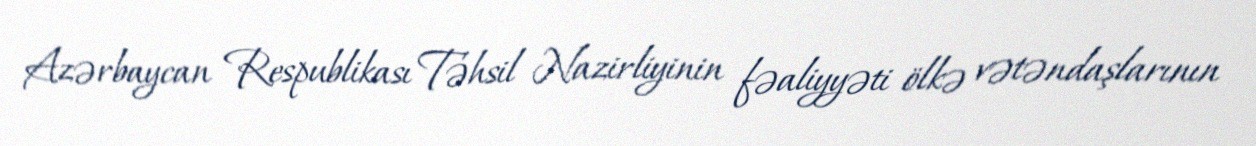
Azərbaycan Respublikası Təhsil Nazirliyinin fəaliyyəti ölkə vətəndaşlarının